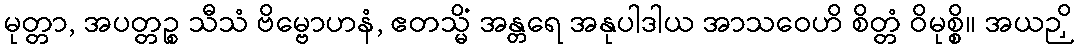
မုတ္တာ, အပတ္တဉ္စ သီသံ ဗိမ္ဗောဟနံ, ဧတသ္မိံ အန္တရေ အနုပါဒါယ အာသဝေဟိ စိတ္တံ ဝိမုစ္စိ။ အယဉှိ